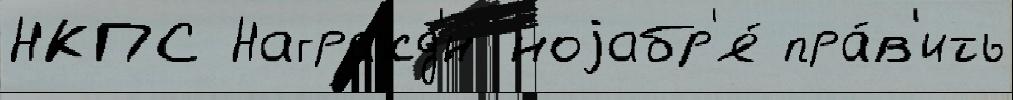
НКПС Награжд'́н ноjабр'я́ пра́в'ить